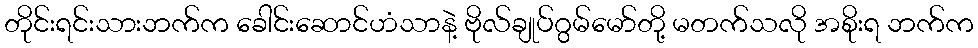
တိုင်းရင်းသားဘက်က ခေါင်းဆောင်ဟံသာနဲ့ ဗိုလ်ချုပ်ဂွမ်မော်တို့ မတက်သလို အစိုးရ ဘက်က